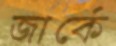
জার্কে